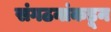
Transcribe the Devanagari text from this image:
संगठनांकडून